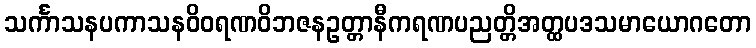
သင်္ကာသနပကာသနဝိဝရဏဝိဘဇနဥတ္တာနီကရဏပညတ္တိအတ္ထပဒသမာယောဂတော